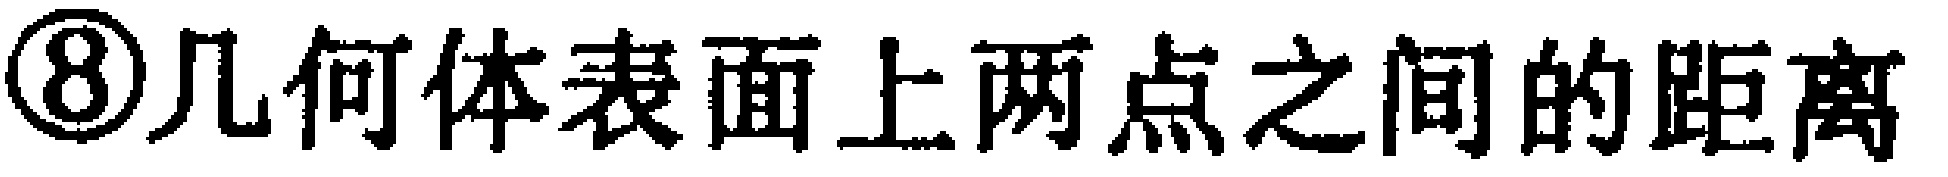
\textcircled{8}几何体表面上两点之间的距离